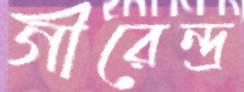
গীরেন্দ্র